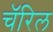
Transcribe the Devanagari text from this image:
चॅरिल